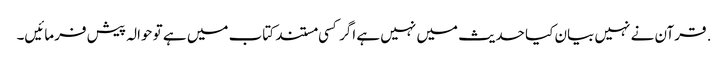
. قرآن نے نہیں بیان کیا حدیث میں نہیں ہے اگر کسی مستند کتاب میں ہے تو حوالہ پیش فرمائیں۔